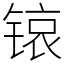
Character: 锿